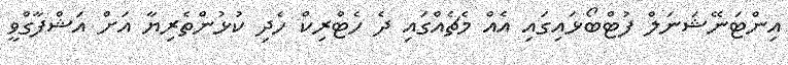
އިންޓަނޭޝަނަލް ފުޓްބޯޅައިގައި އެއް މެޗެއްގައި ދެ ހެޓްރިކް ހެދި ކުޅުންތެރިޔާ އަށް އަޝްފާގްވީ